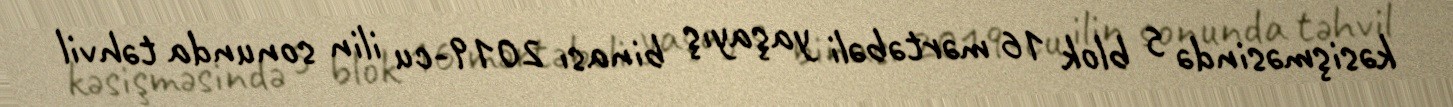
kəsişməsində 5 blok 16 mərtəbəli yaşayış binası 2019-cu ilin sonunda təhvil